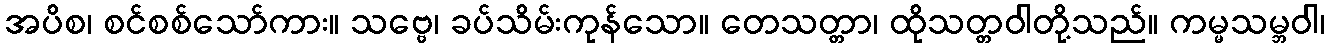
အပိစ၊ စင်စစ်သော်ကား။ သဗ္ဗေ၊ ခပ်သိမ်းကုန်သော။ တေသတ္တာ၊ ထိုသတ္တဝါတို့သည်။ ကမ္မသမ္ဘဝါ၊